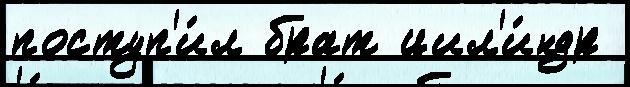
поступ'и́л брат цил'и́ндр